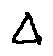
\Delta